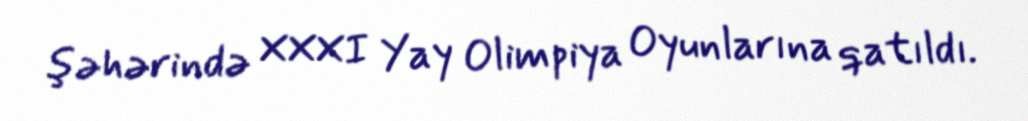
şəhərində XXXI Yay Olimpiya Oyunlarına qatıldı.